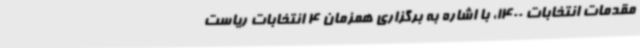
مقدمات انتخابات 1400، با اشاره به برگزاری همزمان 4 انتخابات ریاست